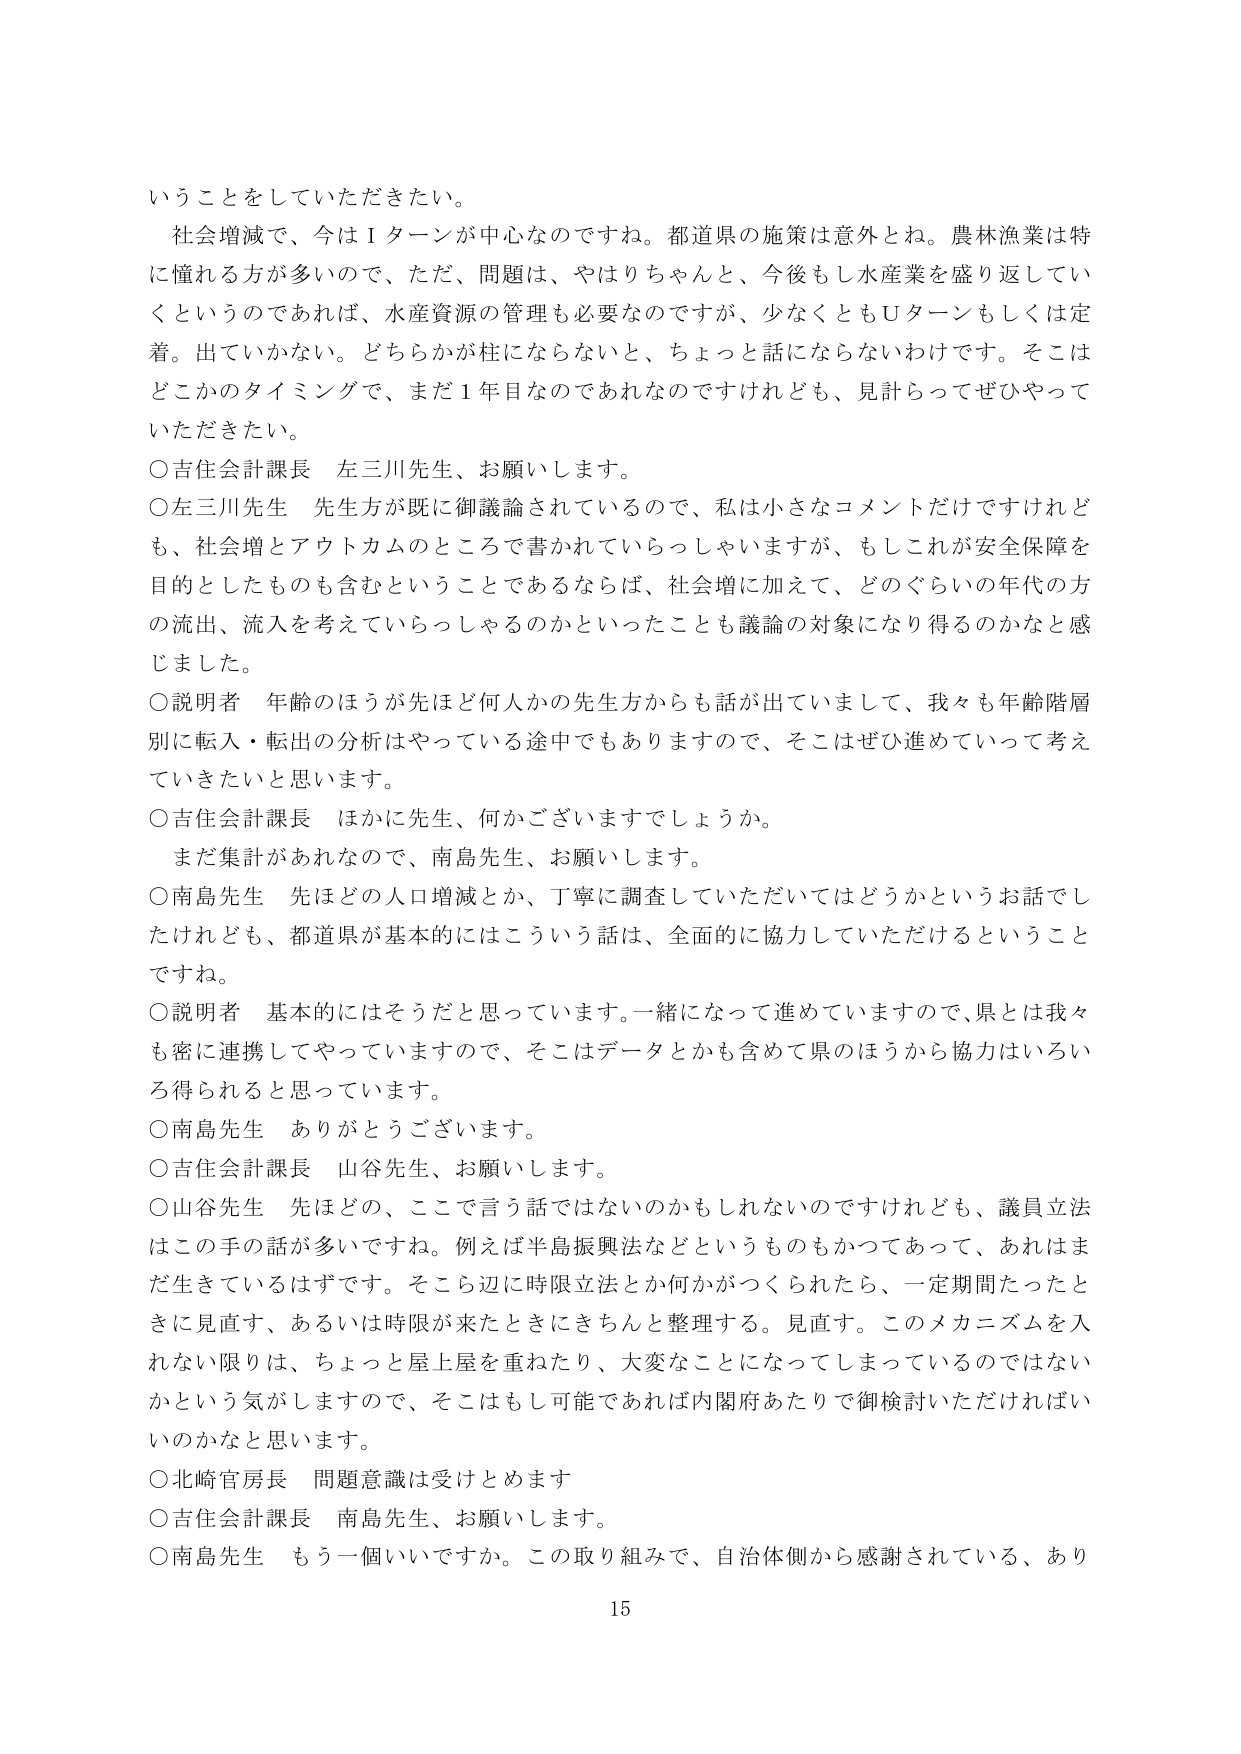
いうことをしていただきたい。

社会増減で、今はＩターンが中心なのですね。都道県の施策は意外とね。農林漁業は特に憧れる方が多いので、ただ、問題は、やはりちゃんと、今後もし水産業を盛り返していくというのであれば、水産資源の管理も必要なのですが、少なくともＵターンもしくは定着。出ていかない。どちらかが柱にならないと、ちょっと話にならないわけです。そこはどこかのタイミングで、まだ１年目なのであれなのですがけれども、見計らってぜひやっていただきたい。

○吉住会計課長　左三川先生、お願いします。

○左三川先生　先生方が既に御議論されているので、私は小さなコメントだけですけれども、社会増とアウトカムのところで書かれていらっしゃいますが、もしこれが安全保障を目的としたものも含むということであるならば、社会増に加えて、どのぐらいの年代の方の流出、流入を考えていらっしゃるのかといったことも議論の対象になり得るのかなと感じました。

○説明者　年齢のほうが先ほど何人かの先生方からも話が出ていまして、我々も年齢階層別に転入・転出の分析はやっていく途中でもありますので、そこはぜひ進めていって考えていきたいと思います。

○吉住会計課長　ほかに先生、何かございますでしょうか。

まだ集計があれなので、南島先生、お願いします。

○南島先生　先ほどの人口増減とか、丁寧に調査していただいてはどうかというお話でしたけれども、都道県が基本的にはこういう話は、全面的に協力していただけるということですね。

○説明者　基本的にはそうだと思っています。一緒になって進めていますので、県とは我々も密に連携してやっていますので、そこはデータとかも含めて県のほうから協力はいろいろ得られると思っています。

○南島先生　ありがとうございます。

○吉住会計課長　山谷先生、お願いします。

○山谷先生　先ほどの、ここで言う話ではないのかもしれないのですけれども、議員立法はこの手の話が多いですね。例えば半島振興法などというものもかつてあって、あれはまだ生きているはずです。そこら辺に時限立法とか何かがつくられたら、一定期間たったときに見直す、あるいは時限が来たときにきちんと整理する。見直す。このメカニズムを入れない限りは、ちょっと屋上屋を重ねたり、大変なことになってしまっているのではないかという気がしますので、そこはもし可能であれば内閣府あたりで御検討いただければいいのかなと思います。

○北崎官房長　問題意識は受けとめます

○吉住会計課長　南島先生、お願いします。

○南島先生　もう一個いいですか。この取り組みで、自治体側から感謝されている、あり

15